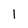
Character: l